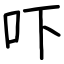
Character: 吓